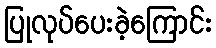
ပြုလုပ်ပေးခဲ့ကြောင်း